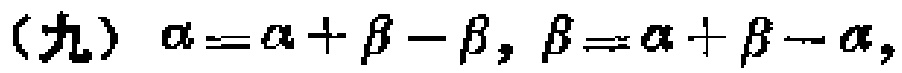
（九）\(\alpha=\alpha+\beta - \beta,\beta=\alpha+\beta - \alpha,\)